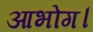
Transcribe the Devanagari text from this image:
आभोग।